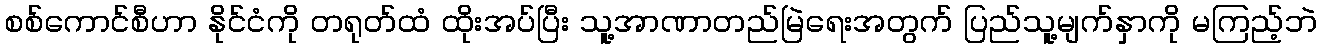
စစ်ကောင်စီဟာ နိုင်ငံကို တရုတ်ထံ ထိုးအပ်ပြီး သူ့အာဏာတည်မြဲရေးအတွက် ပြည်သူ့မျက်နှာကို မကြည့်ဘဲ